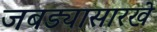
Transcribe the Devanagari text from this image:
जबड्यासारखे